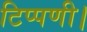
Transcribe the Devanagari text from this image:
टिप्पणी।